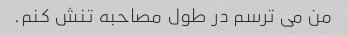
من می ترسم در طول مصاحبه تنش کنم.